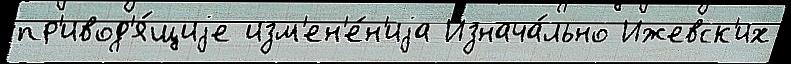
пр'ивод'я́щиjе изм'ен'е́н'иjа Изнача́льно Ижевск'их